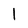
Character: 1